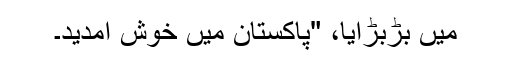
میں بڑبڑایا، "پاکستان میں خوش آمدید۔